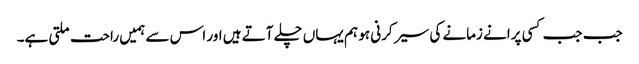
جب جب کسی پرانے زمانے کی سیر کرنی ہو ہم یہاں چلے آتے ہیں اور اس سے ہمیں راحت ملتی ہے۔